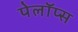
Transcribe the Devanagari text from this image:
पेलॉप्स